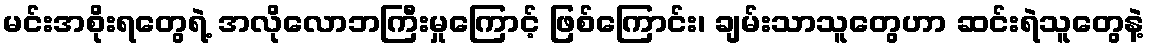
မင်းအစိုးရတွေရဲ့ အလိုလောဘကြီးမှုကြောင့် ဖြစ်ကြောင်း၊ ချမ်းသာသူတွေဟာ ဆင်းရဲသူတွေနဲ့